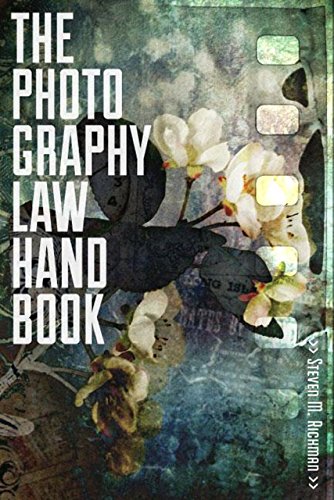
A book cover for The Photography Law Handbook; Steven M. Richman; Law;